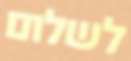
לשלום